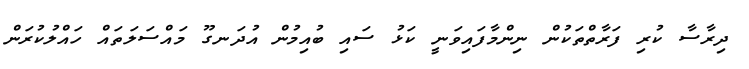
ދިރާސާ ކުރި ފަރާތްތަކުން ނިންމާފައިވަނީ ކަޅު ސައި ބުއިމުން އުދަނގޫ މައްސަލަތައް ހައްލުކުރަން